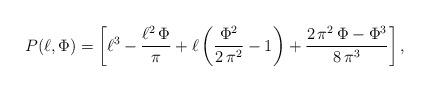
LaTeX: \begin{align*} P(\ell,\Phi)=\left[\ell^3 - \frac{\ell^2\,\Phi }{\pi } + \ell \left( \frac{{\Phi }^2}{2\,{\pi }^2} -1 \right) + \frac{2\,{\pi }^2\,\Phi - {\Phi }^3}{8\,{\pi }^3}\right],\end{align*}